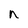
Character: n